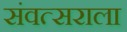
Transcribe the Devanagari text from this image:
संवत्सराला